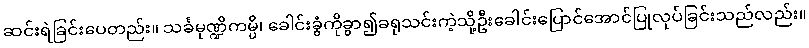
ဆင်းရဲခြင်းပေတည်း။ သင်္ခမုဏ္ဍိကမ္ပိ၊ ခေါင်းခွံကိုခွာ၍ခရုသင်းကဲ့သို့ဦးခေါင်းပြောင်အောင်ပြုလုပ်ခြင်းသည်လည်း။